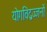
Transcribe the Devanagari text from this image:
योगविद्वज्जनों